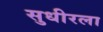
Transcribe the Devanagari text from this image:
सुधीरला